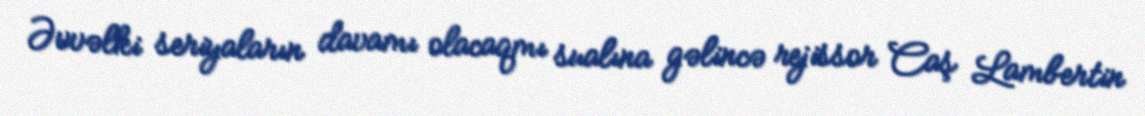
Əvvəlki seriyaların davamı olacaqmı sualına gəlincə rejissor Caş Lambertin